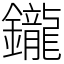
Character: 鑨